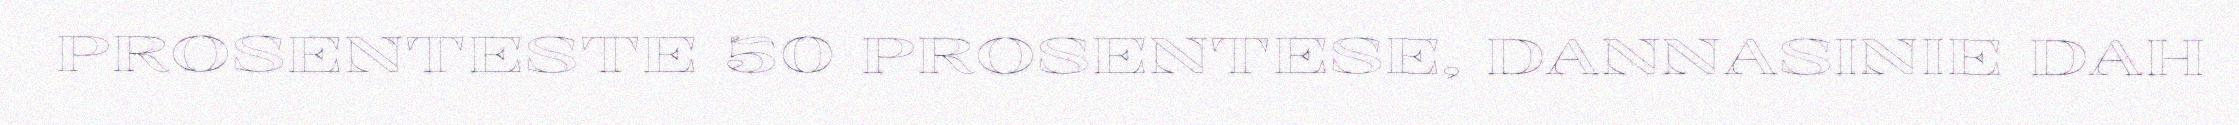
PROSENTESTE 50 PROSENTESE, DANNASINIE DAH